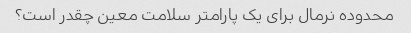
محدوده نرمال برای یک پارامتر سلامت معین چقدر است؟